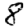
Digit: 8